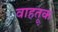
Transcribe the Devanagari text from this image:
वाहतू़क